Lunatic asylums in Bengal annual reports 1888-1898 - 1888-1898
Year: 1888
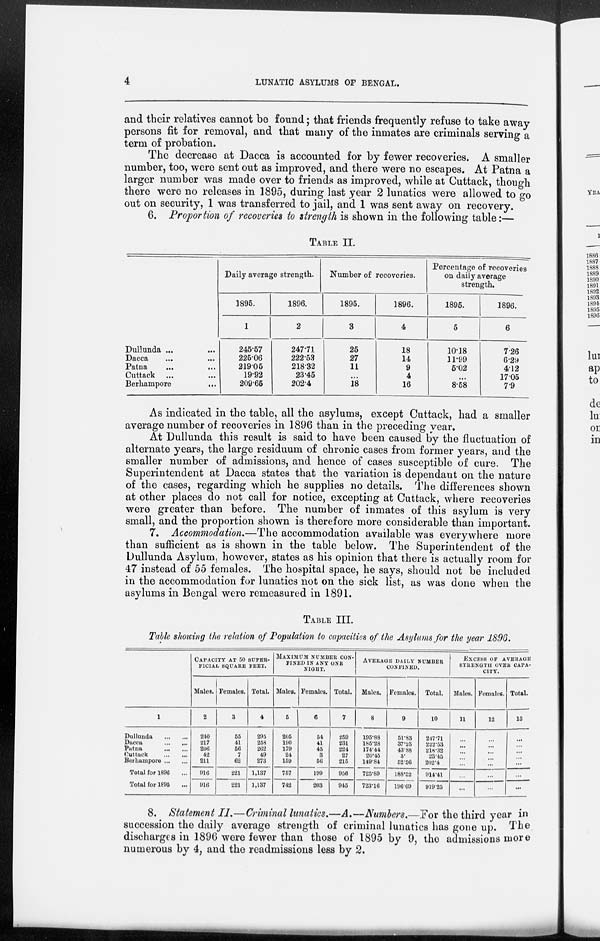
4
LUNATIC ASYLUMS OF BENGAL.
and their relatives cannot be found; that friends frequently refuse to take away
persons fit for removal, and that many of the inmates are criminals serving a
term of probation.
The decrease at Dacca is accounted for by fewer recoveries. A smaller
number, too, were sent out as improved, and there were no escapes. At Patna a
larger number was made over to friends as improved, while at Cuttack, though
there were no releases in 1895, during last year 2 lunatics were allowed to go
out on security, 1 was transferred to jail, and 1 was sent away on recovery.
6. Proportion of recoveries to strength is shown in the following table:—
TABLE II.
Dullunda ... ...
Dacca
...
...
Patna ... ...
Cuttack ... ...
Berhampore
...
Daily average strength.
1895.
1
245.57
225.06
219.05
19.92
209.65
1896.
2
247.71
222.53
218.32
23.45
202.4
Number of recoveries.
1895.
3
25
27
11
...
18
1896.
4
18
14
9
4
16
Percentage of recoveries
on daily average
strength.
1895.
5
10.18
11.99
5.02
...
8.58
1896.
6
7.26
6.29
4.12
17.05
7.9
As indicated in the table, all the asylums, except Cuttack, had a smaller
average number of recoveries in 1896 than in the preceding year.
At Dullunda this result is said to have been caused by the fluctuation of
alternate years, the large residuum of chronic cases from former years, and the
smaller number of admissions, and hence of cases susceptible of cure. The
Superintendent at Dacca states that the variation is dependant on the nature
of the cases, regarding which he supplies no details. The differences shown
at other places do not call for notice, excepting at Cuttack, where recoveries
were greater than before. The number of inmates of this asylum is very
small, and the proportion shown is therefore more considerable than important.
7. Accommodation.—The accommodation available was everywhere more
than sufficient as is shown in the table below. The Superintendent of the
Dullunda Asylum, however, states as his opinion that there is actually room for
47 instead of 55 females. The hospital space, he says, should not be included
in the accommodation for lunatics not on the sick list, as was done when the
asylums in Bengal were remeasured in 1891.
Table III.
Table showing the relation of Population to capacities of the Asylums for the year 1896.
1
Dullunda
...
...
Dacca
...
...
Patna
...
...
Cuttack
...
...
Berhampore ... ...
Total for 1896 ...
Total for 1895 ...
CAPACITY AT 50 SUPER-
------ SQUARE FEET.
Males.
2
240
217
206
42
211
916
916
Females.
3
55
41
56
7
62
221
221
Total.
4
295
258
262
49
273
1,137
1,137
MAXIMUM NUMBER CON-
----- IN ANY ONE
NIGHT.
Males.
5
205
190
179
24
159
757
742
Females.
6
54
41
45
3
56
199
203
Total.
7
259
231
224
27
215
956
945
AVERAGE DAILY NUMBER
CONFINED.
Males.
8
195.88
185.28
174.44
20.45
149.84
725.89
723.16
Females.
9
51.83
37.25
43.88
3.
52.56
188.52
196.09
Total.
10
247.71
222.53
218.32
23.45
202.4
914.41
919.25
EXCESS OF AVERAGE
STRENGTH OVER CAPA-
CITY.
Males.
11
...
...
...
...
...
...
...
Females.
12
...
...
...
...
...
...
...
Total.
13
...
...
...
...
...
...
...
8. Statement II.—Criminal lunatics.—A.—Numbers.—For the third year in
succession the daily average strength of criminal lunatics has gone up. The
discharges in 1896 were fewer than those of 1895 by 9, the admissions more
numerous by 4, and the readmissions less by 2.